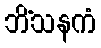
ဘိံသနကံ